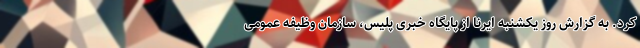
کرد. به گزارش روز یکشنبه ایرنا از پایگاه خبری پلیس، سازمان وظیفه عمومی